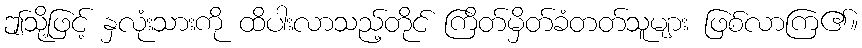
ဤသို့ဖြင့် နှလုံးသားကို ထိပါးလာသည့်တိုင် ကြိတ်မှိတ်ခံတတ်သူများ ဖြစ်လာကြ၏။